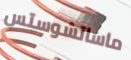
ماساتشوستس